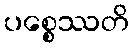
ပစ္စေဿတိ